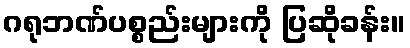
ဂရုဘဏ်ပစ္စည်းများကို ပြဆိုခန်း။